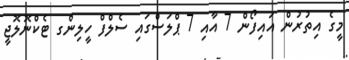
މީގެ އިތުރުން އައިފޯން 7 އާއި 7 ޕްލަސްގައި ސެލްފް ހީލިންގ ޓެކްނޮލޮޖީ